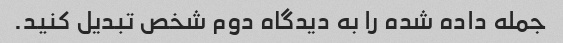
جمله داده شده را به دیدگاه دوم شخص تبدیل کنید.